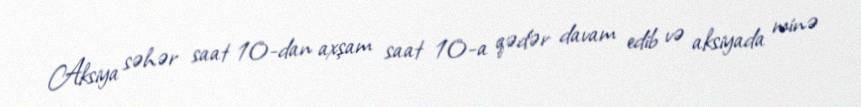
Aksiya səhər saat 10-dan axşam saat 10-a qədər davam edib və aksiyada minə